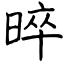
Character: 晬